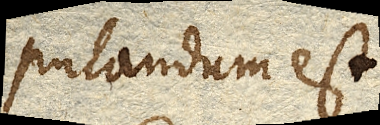
putandum est.